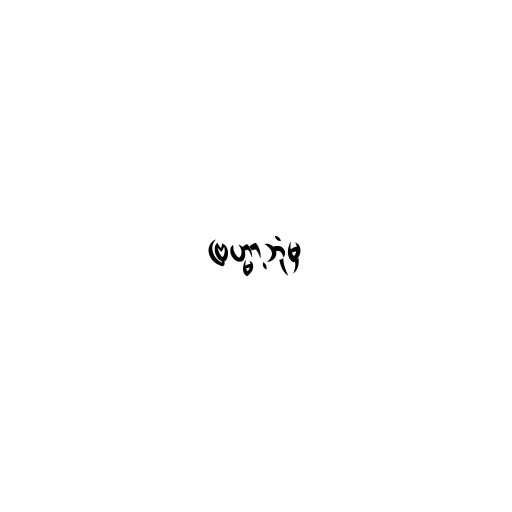
ဗြဟ္မာ့ဘုံမှ